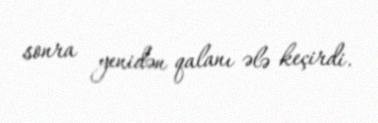
sonra yenidən qalanı ələ keçirdi.